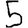
Digit: 5